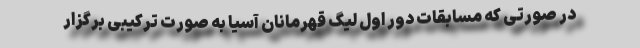
در صورتی که مسابقات دور اول لیگ قهرمانان آسیا به صورت ترکیبی برگزار